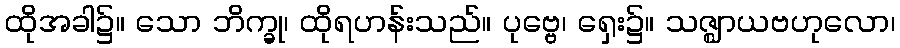
ထိုအခါ၌။ သော ဘိက္ခု၊ ထိုရဟန်းသည်။ ပုဗ္ဗေ၊ ရှေး၌။ သဇ္ဈာယဗဟုလော၊